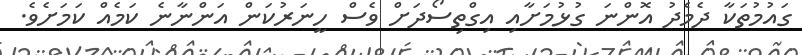
ގައުމުތަކާ ދެމެދު އޮންނަ ގުޅުމަށާއި އިގްތިސޯދަށް ވެސް ހީނަރުކަން އަންނާނެ ކަމެއް ކަމަށެވެ.